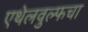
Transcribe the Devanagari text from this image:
एथेलवुल्फचा